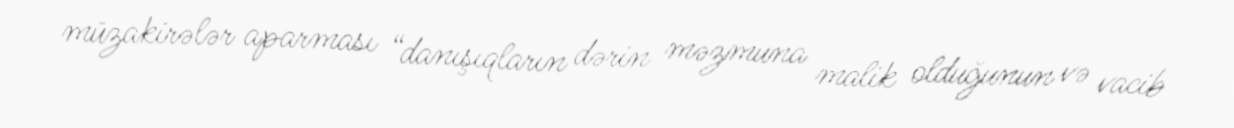
müzakirələr aparması “danışıqların dərin məzmuna malik olduğunun və vacib